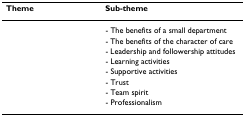
<table><thead><tr><td><b>Theme</b></td><td><b>Sub-theme</b></td></tr></thead><tbody><tr><td>[EMPTY_CELL]</td><td>- The benefits of a small department</td></tr><tr><td>[EMPTY_CELL]</td><td>- The benefits of the character of care</td></tr><tr><td>[EMPTY_CELL]</td><td>- Leadership and followership attitudes</td></tr><tr><td>[EMPTY_CELL]</td><td>- Learning activities</td></tr><tr><td>[EMPTY_CELL]</td><td>- Supportive activities</td></tr><tr><td>[EMPTY_CELL]</td><td>- Trust</td></tr><tr><td>[EMPTY_CELL]</td><td>- Team spirit</td></tr><tr><td>[EMPTY_CELL]</td><td>- Professionalism</td></tr></tbody></table>